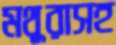
মথুরাসহ